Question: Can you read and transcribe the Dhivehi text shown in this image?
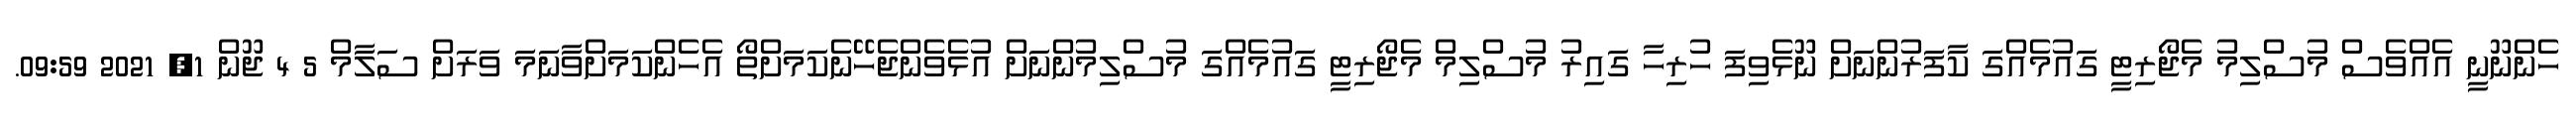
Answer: ހެންނޫނީ އެއްވެސް މުސްލިމު މެޖޯރިޓީ ގައުމެއްގަ ކާފަރުންނަށް ނޫޅެވިފަ ހުރިހާ ގައިރު މުސްލިމް މެޖޯރިޓީ ގައުމެއްގަ މުސްލިމުންނަށް އުޅެވެންޖެހޭނެކަމަށްތޯ އެހެންކަމަށްވާނަމަ ވަރަށް ސަލާމް 5 4 ޖޫން 1, 2021 09:59.